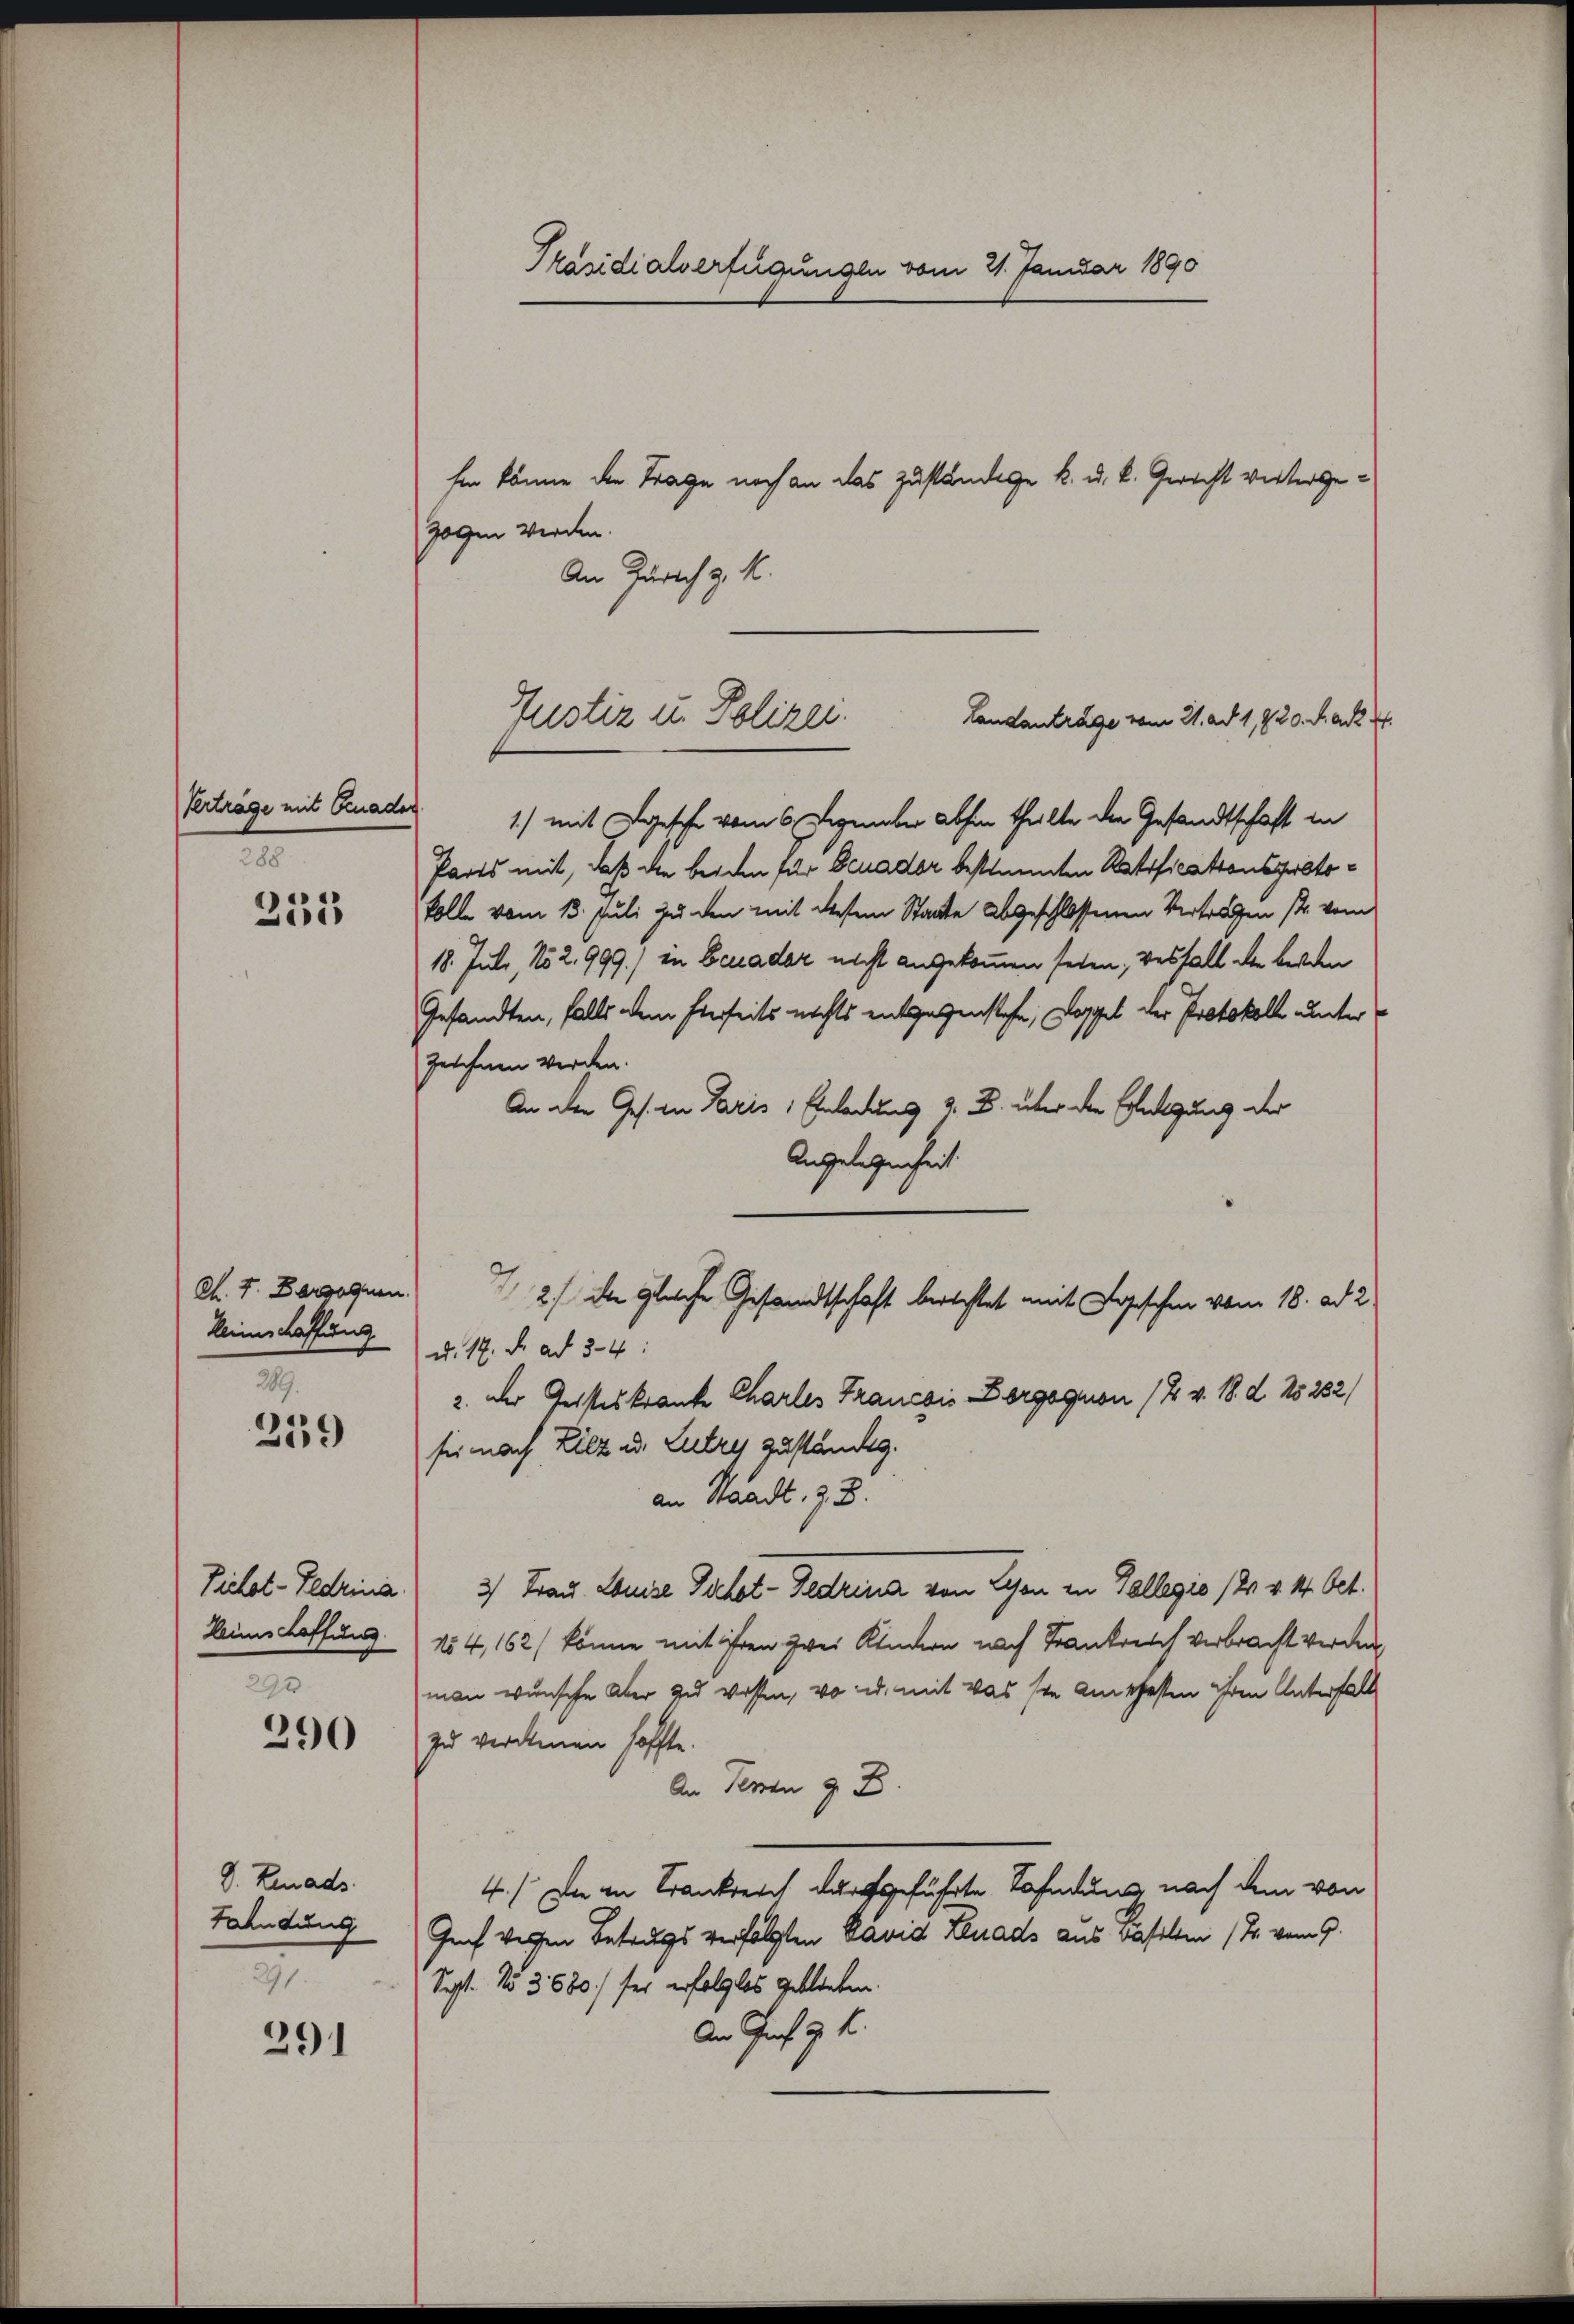
Verträge mit Gnaden
288

231

M. J. Dargognen.
Reinschaffung
289.

259

Tiehot-Fedrina.
Reimschaffung
290

290

V. Linads.
Fahndung
291.

291

Präsidialverfügungen vom 21. Januar 1890

hen könne der Trage noch an das zuständige k. u. k. Gericht vertergezogen werden.
An Zürich z. K.
1) mit gesche vom 6. Dezember abhin theilte die Gesandtschaft in
Parts mit, daß die beiden für Benader bestimmten Ratificationsprotokolle vom 13. Juli zu den mit diesem Staate abgeschlossenen Vertragen sr. vom
18. Juli, No 2999.) in Benader nicht angekommen seien, verfall der beiden
Gesandten, falls dem hierseits nichts entgegenstehe, Doppel der Protokoll unter
zeichnen werden.
An der Ges. in Paris 1 Einladung z. B. über die Erledigung der
Angelegenheit.
d. 17. d. ad 34:
2. der Geisteskrante Charles Francois Dorgognon (7 v. 18. d. 25232/
sie nach Bilz ad. Lutry zuständig.
an Waadt, z. B.
3) Frau. Louise Schot-Fedrina von Lyon in Tollegio (24 v. 14. Oct.
N54, 162/ könne mit ihren zwei Kindern nach Krankreich verbracht werden.
man wünsche Aber zu wissen, wo und mit was sie am gesten ihren Unterfall
zu verdamen hoffte.
An Terren z. B.
4./ Die in Krankreich durchgeführte Sahndung nach dem von
Genf versen Betrugs verfolgten David Lenads aus daselben (T. vom 9.
Sipft. No 3680) für erfolglos geblieben.
An Prof. J. K.

Justiz u. Polizei.
Landantrage vom 21. ad 1, 220. Da

1 2) den gleiche Gesandtschaft berechtet mit Logischen vom 18. ad 2.